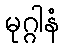
မုဂ္ဂါနံ